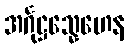
အင်္ဂုဋ္ဌသ္နေဟေန